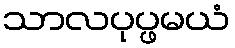
သာလပုပ္ဖမယံ